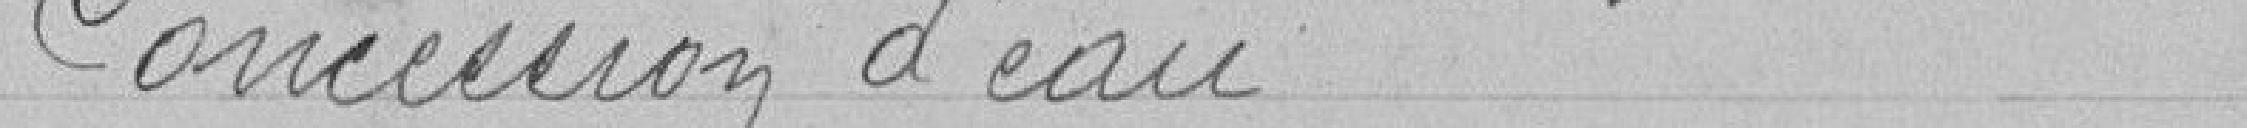
Concession d'eau